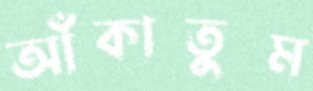
আঁকাতুম